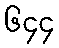
၆၄၄